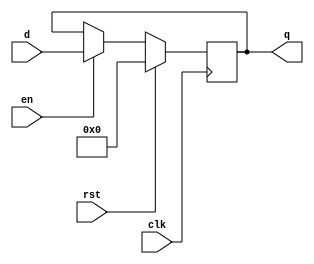
`timescale 1ns / 1ps


module flopenr #(parameter WIDTH = 8)(
	input wire clk,rst,en,
	input wire[WIDTH-1:0] d,
	output reg[WIDTH-1:0] q
    );
	always @(posedge clk) begin
		if(rst) begin
			q <= 0;
		end else if(en) begin
			q <= d;
		end
	end
endmodule